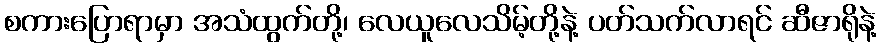
စကားပြောရာမှာ အသံထွက်တို့၊ လေယူလေသိမ့်တို့နဲ့ ပတ်သက်လာရင် ဆီဇာရိုနဲ့